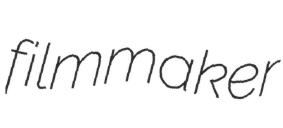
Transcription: filmmaker